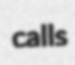
calls